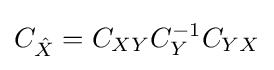
C_{\hat {X}}=C_{XY}C_{Y}^{-1}C_{YX}